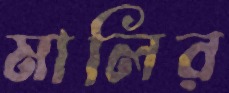
মালির